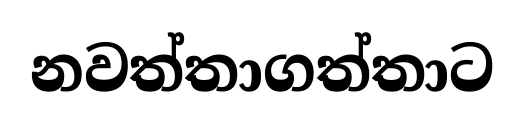
නවත්තාගත්තාට